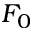
F _ { 0 }